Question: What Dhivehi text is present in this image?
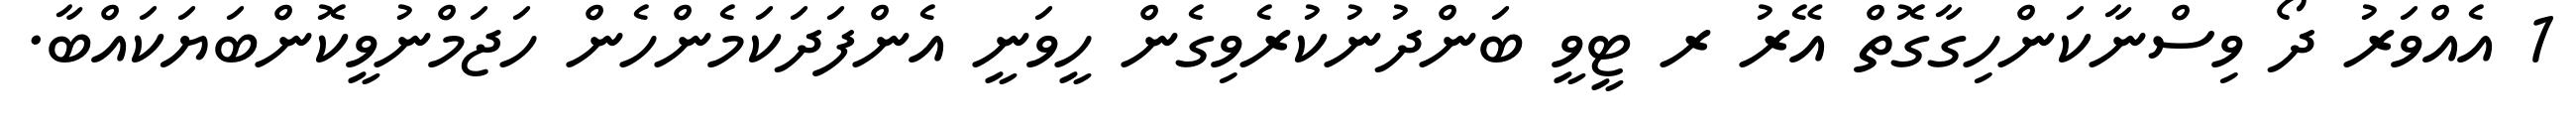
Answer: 1 އެއްވަރު ދޯ ވިސްނާކަންހިގާގޮތް އޭރު ރ ޓީވީ ބަންދުނުކުރެވިގެން ހީވަނީ އެންފަދަކަމެންހެން ހަޖަމްނުވީކޮންބަޔަކައްބާ.